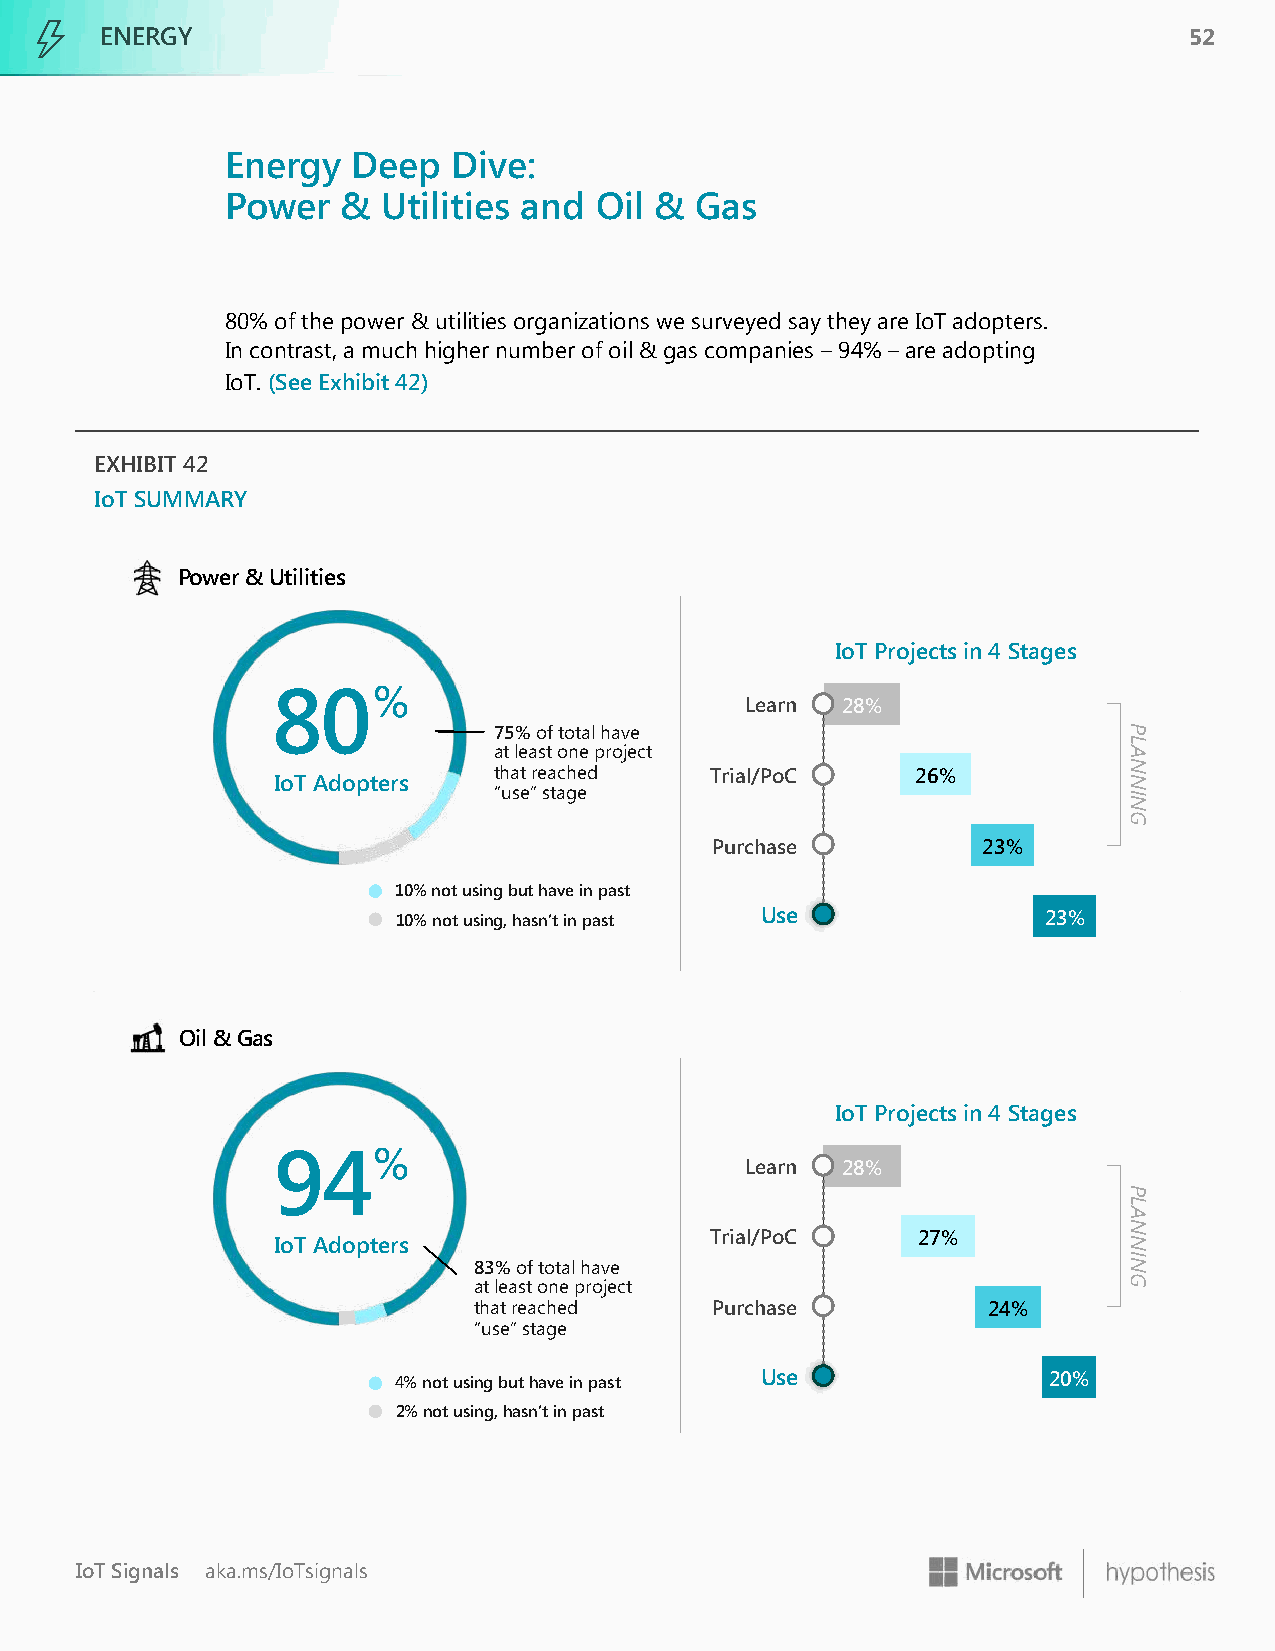
ENERGY                                                                  52
 Energy  Deep   Dive:
 Power   & Utilities and Oil &  Gas
 80% of the power & utilities organizations we surveyed say they are IoT adopters.
 In contrast, a much higher number of oil & gas companies –94% – are adopting
 IoT. (See Exhibit 42)
 EXHIBIT 42
 IoT SUMMARY
 Power & Utilities
 IoT Projects in 4 Stages
 80%
 Learn  28%   2…  2…  2…
 75% of total have
 at least one project
 that reached  Trial/PoC 2…  26%  2…  2…
 IoT Adopters
 “use” stage
 Purchase  2…   2… 23%  2…
 10% not using but have in past
 10% not using, hasn’t in past Use 2… 2… 2… 23%
 Oil & Gas
 IoT Projects in 4 Stages
 94%
 Learn  28%   2…  2…  2…
 Trial/PoC 2…  27%  2…  2…
 IoT Adopters
 83% of total have
 at least one project
 that reached    Purchase  2…   2… 24%  2…
 “use” stage
 4% not using but have in past Use 2… 2… 2… 20%
 2% not using, hasn’t in past
 IoT Signals aka.ms/IoTsignals
 PLANNING
 PLANNING